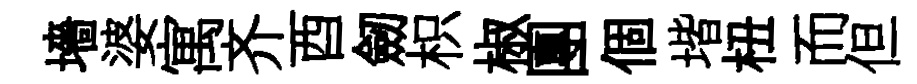
墻婆寓齐酉劒枳椒團個堦杻而但